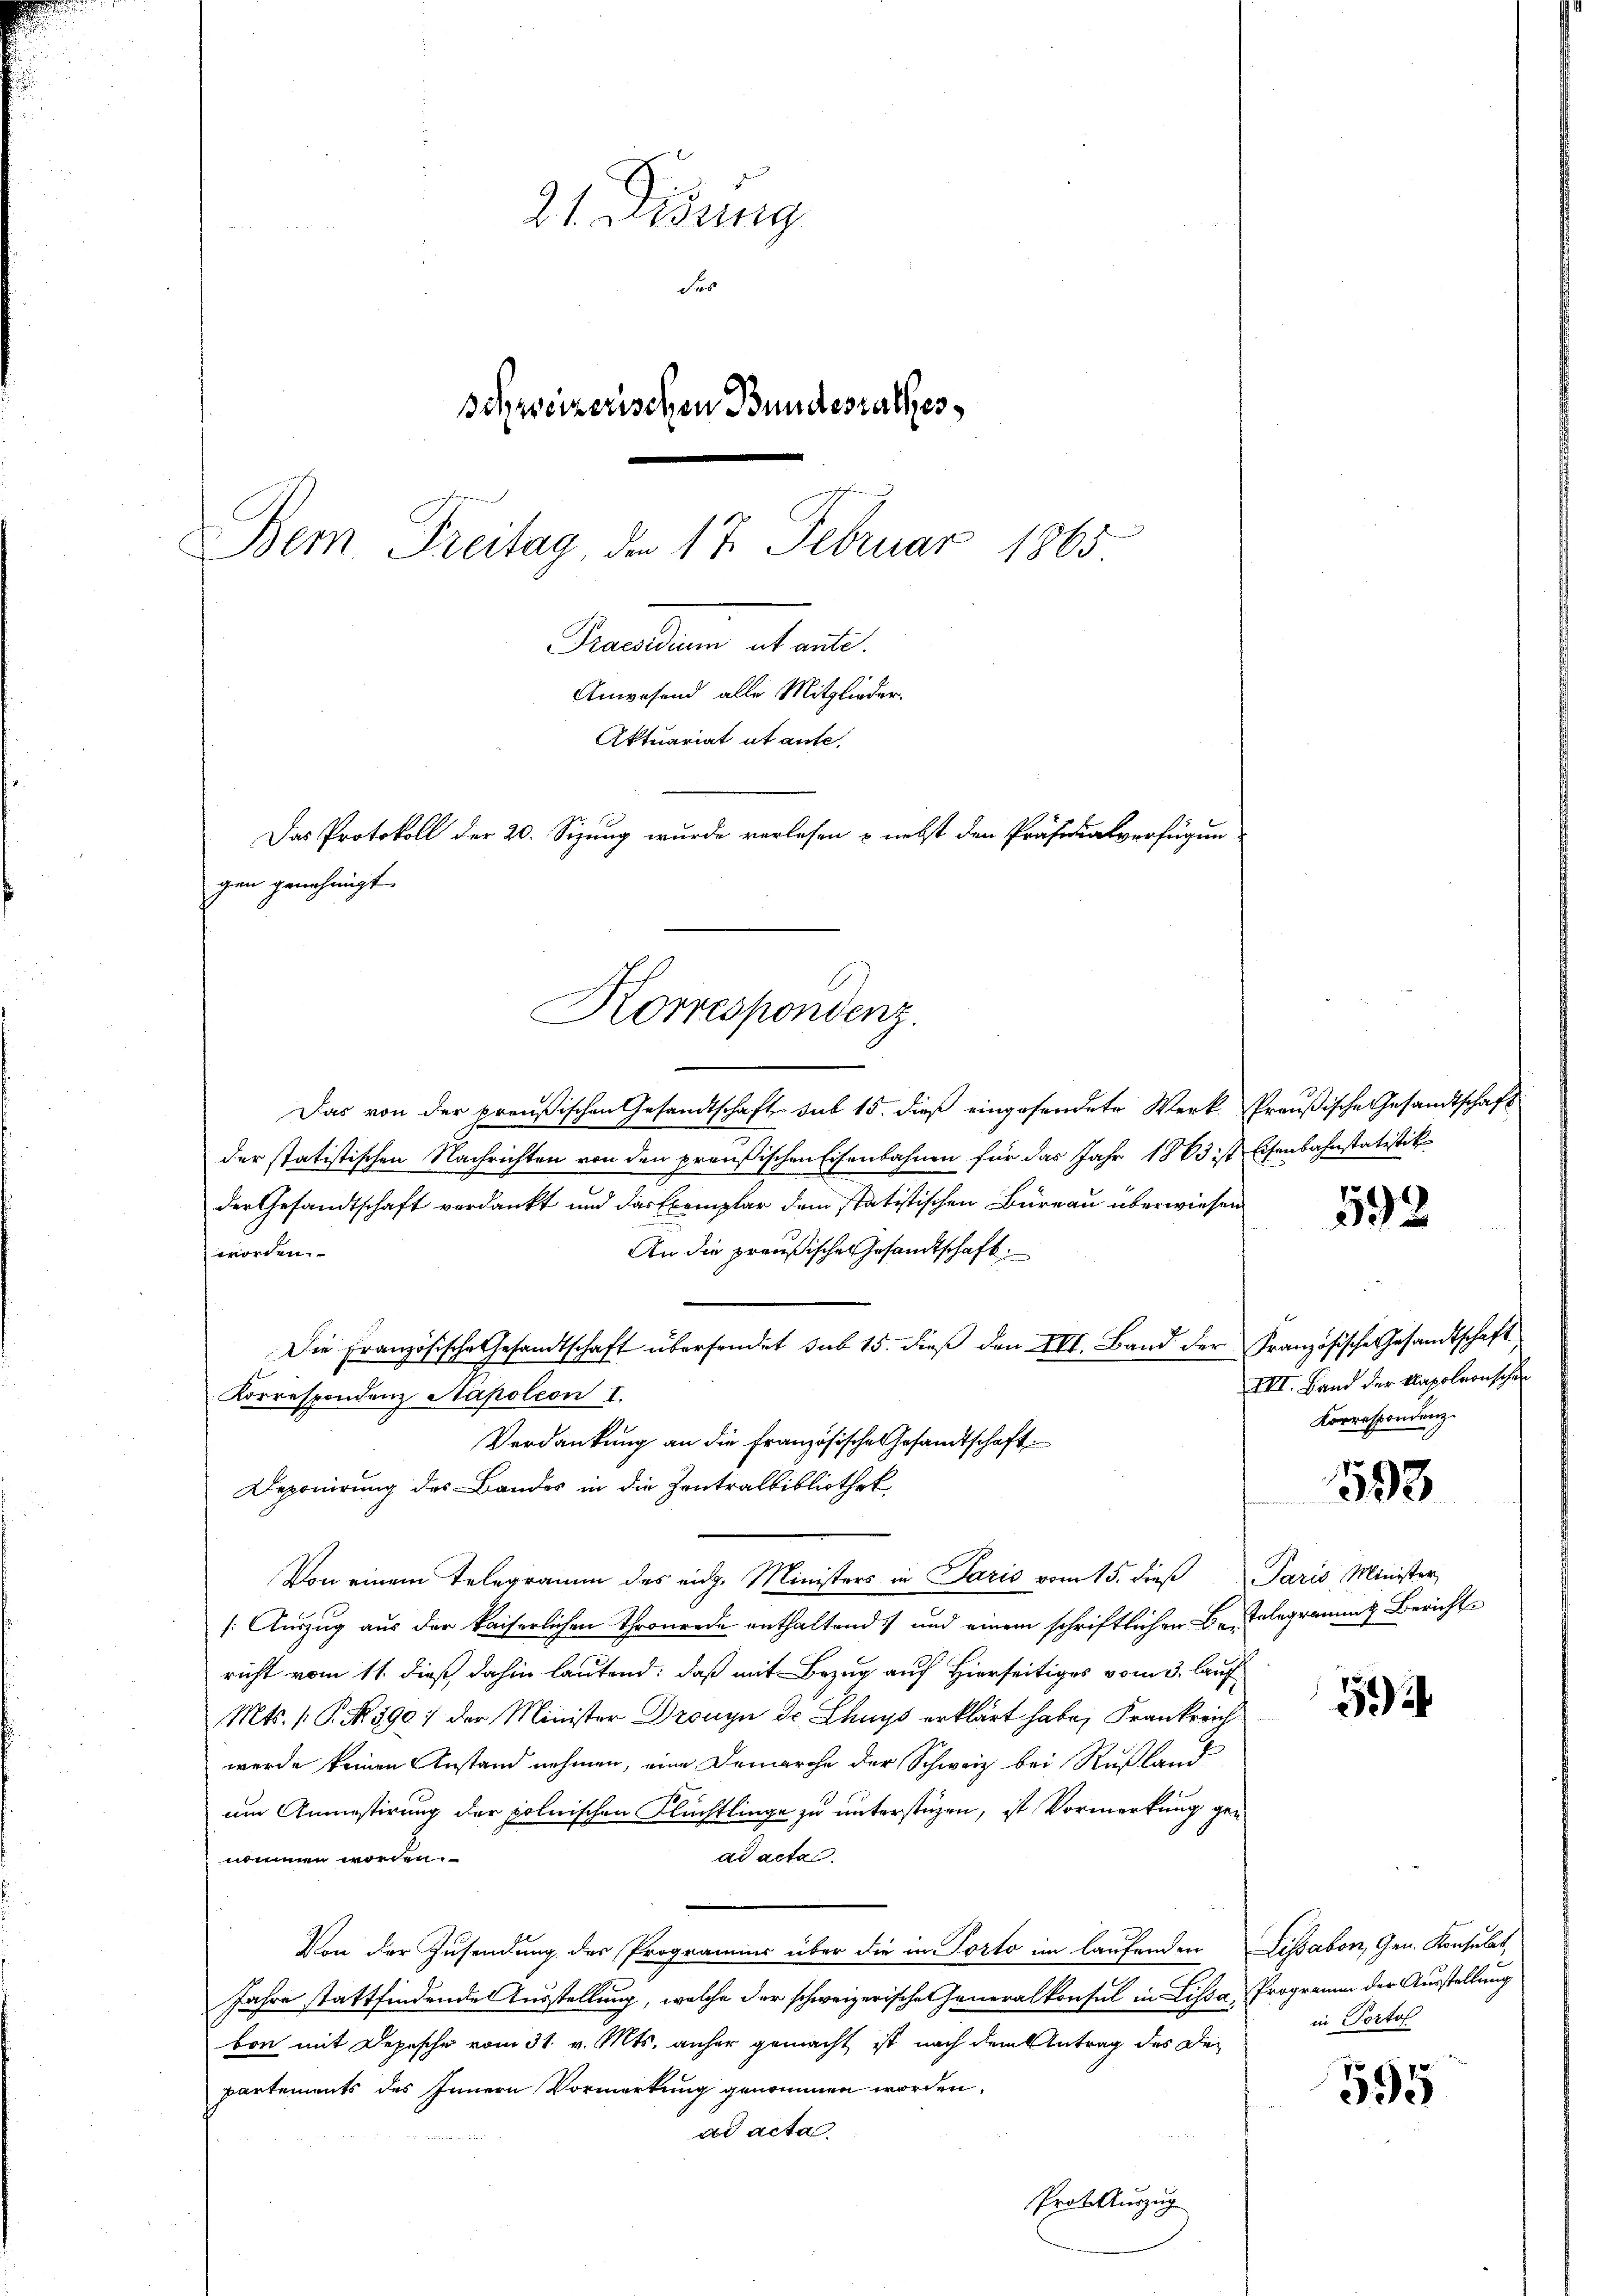
21. Disung
des
Schweizerischen Bundesrathes
Bem Freitag, den 17. Februar
1865
Pandenen alt eine
Anwesend alle Mitglieder.
Aktuariat utante.
Das Protokoll der 20. Sizung wurde verlesen & nebst den Präsidialverfügungen genehmigt.

Korrespondenz.

Das von der preußischen Gesandtschaft sub 15. dieß eingesendete Werk- Preußische Gesandtschaft
der statistischen Nachrichten von den preußischen Eisenbahnen für das Jahr 1883 ist Eisenbahnstatistik
der Gesandtschaft verdankt und das Exemplar dem statistischen Bureau überwiesen
An die preußischen Gesandtschaft.
worden.
Die Französische Gesandtschaft übersendet sub 15. dieß den III. Band der Französische Gesandtschaft
Korrespondenz Napoleon I.
Verdankung an die Französische Gesandtschaft
Deponirung des Bandes in die Zentralbibliothek
Von einem Telegramm des eidg. Ministers in Paris vom 15. dieβ Paris Minister,
[:Auszug aus der kaiserlichen Thronrade enthaltend und einem schriftlichen Be-Telegrammt Bericht
richt vom 11. dieß dahin lautend: daß mit Bezug auf Hierseitiges vom 3. lauf
Mts. P. Nr. 590 :/ der Minister Dronin dr Lhnys erklärt habe, Frankreich
werde keinen Anstand nehmen, eine Demarche der Schweiz bei Rußland
um Anmestirung der polnischen Flüchtlinge zu unterstüzen, ist Vormerkung genommen worden.
ad acta.
Von der Zusendung des Programms über die in Porto im laufenden Lissabon, Gen. Konsulat
Jahre stattfindende Ausstellung, welche der schweizerische Generalkonsul in Lissa, Programm der Ausstellung
bon mit Depesche vom 31. v. Mts. anher gemacht ist nach dem Antrag des Departements des Innern Vormerkung genommen worden.
ad acta
Prot. Auszug

592

III. Band der Kapoleonschen
Korrespondenz.

593

1

in Portof

595